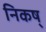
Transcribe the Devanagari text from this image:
निकष्